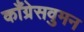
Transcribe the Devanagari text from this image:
काँग्रेसवुमन